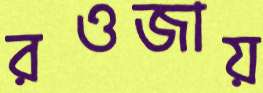
রওজায়